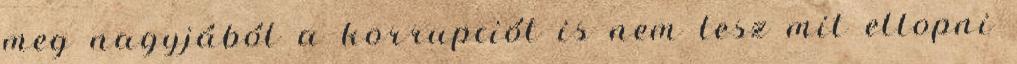
meg nagyjából a korrupciót is nem lesz mit ellopni